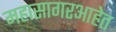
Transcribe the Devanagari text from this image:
महासागरआहेत